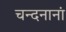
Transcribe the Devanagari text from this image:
चन्दनानां